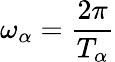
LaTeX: \omega_{\alpha}=\frac{2\pi}{T_{\alpha}}